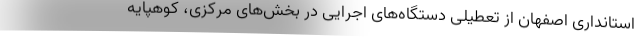
استانداری اصفهان از تعطیلی دستگاه‌های اجرایی در بخش‌های مرکزی، کوهپایه